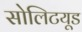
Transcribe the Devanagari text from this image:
सोलिटयूड